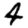
Digit: 4